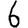
Digit: 6